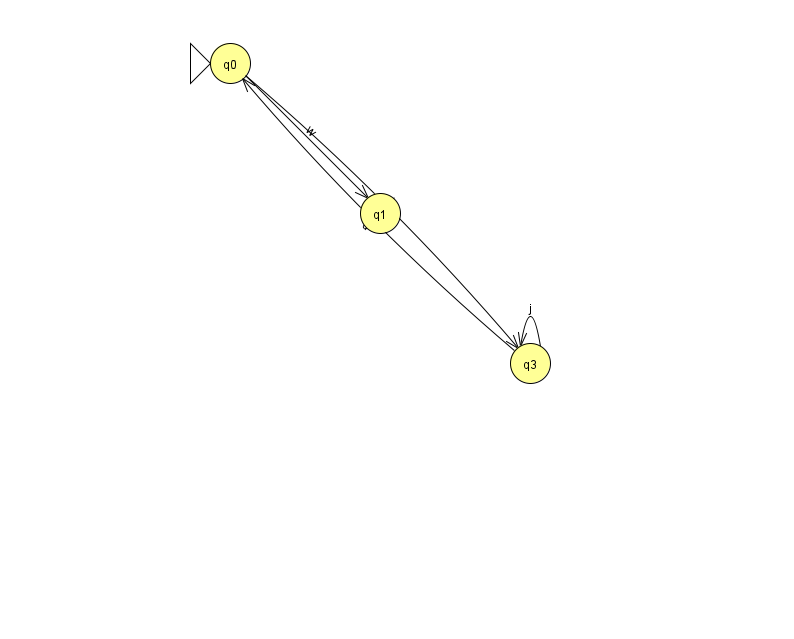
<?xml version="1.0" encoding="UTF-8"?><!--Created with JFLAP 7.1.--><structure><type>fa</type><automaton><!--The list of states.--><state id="0" name="q0"><x>230.0</x><y>50.0</y><initial/></state><state id="1" name="q1"><x>380.0</x><y>200.0</y></state><state id="3" name="q3"><x>530.0</x><y>350.0</y></state><!--The list of transitions.--><transition><from>3</from><to>0</to><read>d</read></transition><transition><from>0</from><to>1</to><read>w</read></transition><transition><from>3</from><to>3</to><read>j</read></transition><transition><from>0</from><to>3</to><read>I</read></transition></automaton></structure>